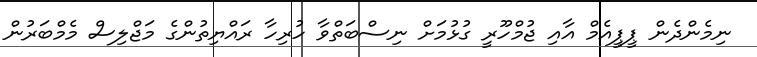
ނިމެންދެން ޕީޕީއެމް އާއި ޖުމްހޫރީ ގުޅުމަށް ނިސްބަތްވާ ހުރިހާ ރައްޔިތުންގެ މަޖްލިސް މެމްބަރުން